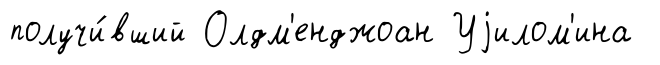
получи́вший Олдм'енджоан Уjилом'ина